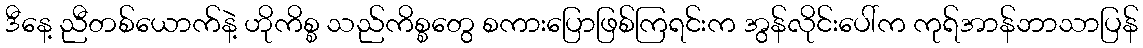
ဒီနေ့ ညီတစ်ယောက်နဲ့ ဟိုကိစ္စ သည်ကိစ္စတွေ စကားပြောဖြစ်ကြရင်းက အွန်လိုင်းပေါ်က ကုရ်အာန်ဘာသာပြန်